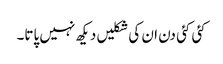
کئی کئی دن ان کی شکلیں دیکھ نہیں پاتا۔